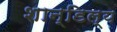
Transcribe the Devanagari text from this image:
शान्डिल्य